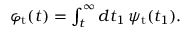
\begin{array} { r } { \varphi _ { \mathrm { t } } ( t ) = \int _ { t } ^ { \infty } d t _ { 1 } \, \psi _ { \mathrm { t } } ( t _ { 1 } ) . } \end{array}